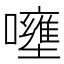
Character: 𡄐